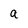
Character: a